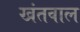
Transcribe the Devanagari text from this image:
खंतवाल